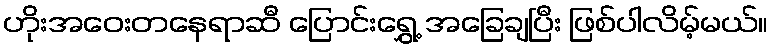
ဟိုးအဝေးတနေရာဆီ ပြောင်းရွှေ့ အခြေချပြီး ဖြစ်ပါလိမ့်မယ်။